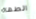
الطهاة